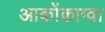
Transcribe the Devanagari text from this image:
आकोंकाग्वा